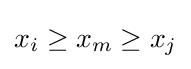
x_{i}\geq x_{m}\geq x_{j}